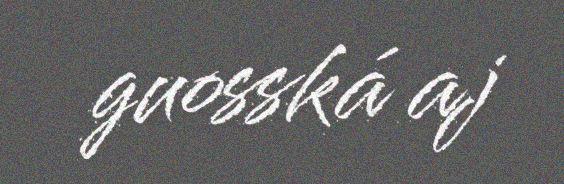
guosská aj